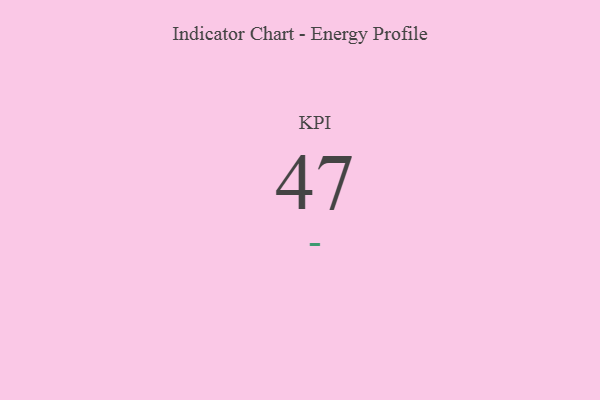
{"axis": {"x": "KPI", "y": "Value"}, "legend": [""], "data": [{"x": "KPI", "y": 47, "type": ""}]}